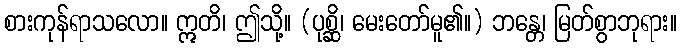
စားကုန်ရာသလော။ ဣတိ၊ ဤသို့။ (ပုစ္ဆိ၊ မေးတော်မူ၏။) ဘန္တေ၊ မြတ်စွာဘုရား။